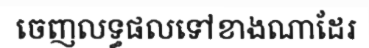
ចេញលទ្ធផលទៅខាងណាដែរ